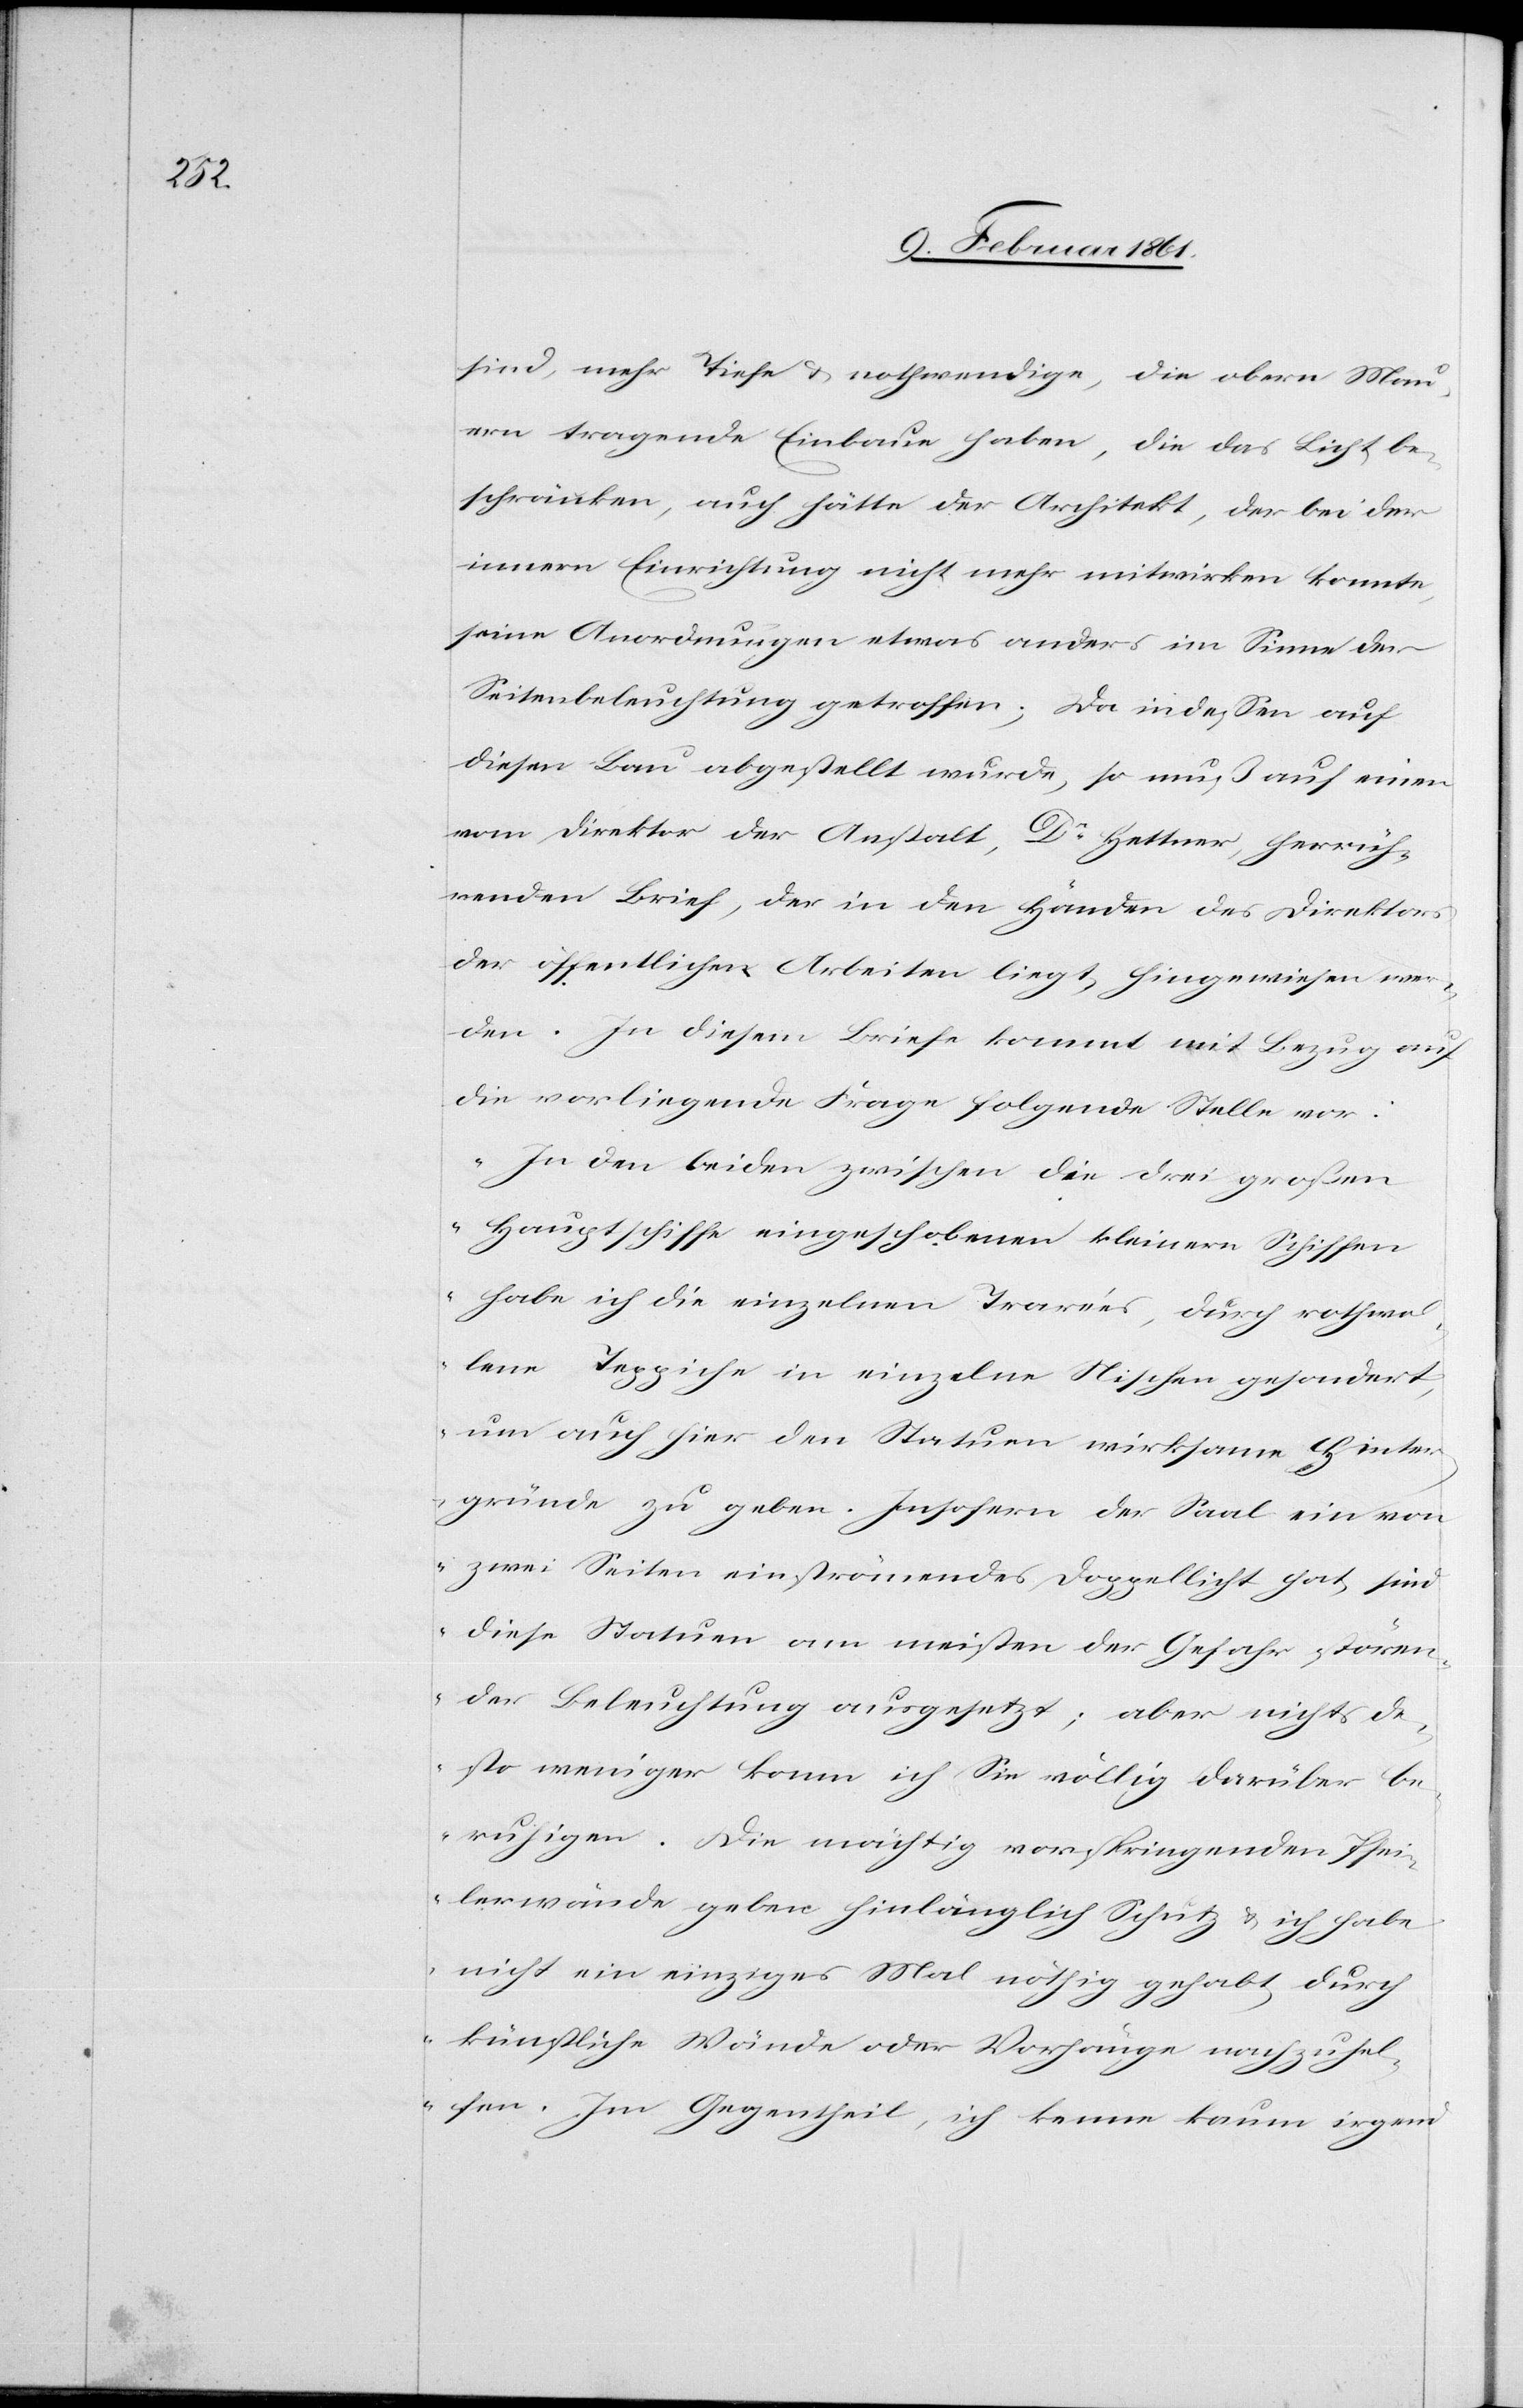
sind, mehr Tiefe u. nothwendige, die obern Mau¬
ern tragende Einbaue haben, die das Licht be¬
schränken, auch hätte der Architekt, der bei der
innern Einrichtung nicht mehr mitwirken konnte,
seine Anordnungen etwas anders im Sinne der
Seitenbeleuchtung getroffen; Da indessen auf
diesen Bau abgestellt wurde, so muß auf einen
vom Direktor der Anstalt, Dr. Hettner, herrüh¬
renden Brief, der in den Händen des Direktors
der öffentlichen Arbeiten liegt, hingewiesen wer¬
den. In diesem Briefe kommt mit Bezug auf
die vorliegende Frage folgende Stelle vor:
„In den beiden zwischen die drei großen
Hauptschiffe eingeschobenen kleinern Schiffen
habe ich die einzelnen Travées, durch rothwol¬
lene Teppiche in einzelne Nischen gesondert,
um auch hier den Statuen wirksame Hinter¬
gründe zu geben. Insofern der Saal ein vo¬
n zwei Seiten einströmendes Doppellicht hat, sind
diese Statuen am meisten der Gefahr stören¬
der Beleuchtung ausgesetzt; aber nichts de¬
sto weniger kann ich Sie völlig darüber be¬
ruhigen. Die mächtig vorspringenden Pfei¬
lerwände geben hinlänglich Schutz u. ich habe
nicht ein einziges Mal nöthig gehabt, durch
künstliche Wände oder Vorhänge nachzuhel¬
fen. Im Gegentheil, ich kenne kaum irgend